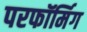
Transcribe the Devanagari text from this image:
परफॉर्मिग